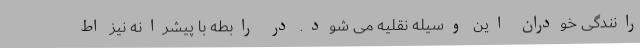
رانندگی خودران این وسیله نقلیه می شود. در رابطه با پیشرانه نیز اط